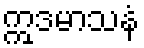
ဣဒမာသနံ